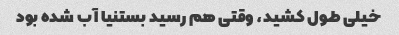
خیلی طول کشید، وقتی هم رسید بستنیا آب شده بود